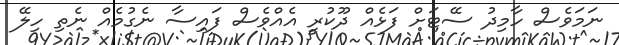
ނަމަވެސް ހާމިދު ސޭޓަށް ފަޅެއް ދޫކުރީ އެއްވެސް ފައިސާ ނެގުމެއް ނެތި ހިލޭ